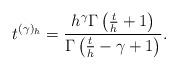
LaTeX: \begin{align*}t^{(\gamma)_h} = \frac{h^\gamma\Gamma\left(\frac{t}{h} + 1\right)}{\Gamma\left(\frac{t}{h} - \gamma +1\right)}.\end{align*}